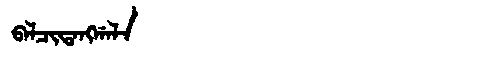
Manchu: ᠪᠠᠯᠴᡳᡨᠠᠩᡤᠠᠯᠠ
Romanization: BALCITANGGALA